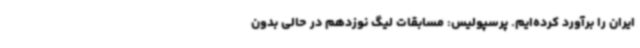
ایران را برآورد کرده‌ایم. پرسپولیس: مسابقات لیگ نوزدهم در حالی بدون